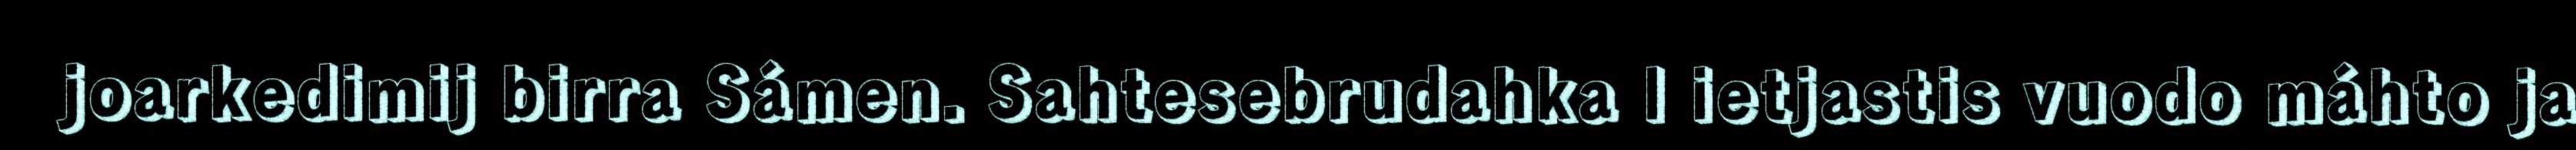
joarkedimij birra Sámen. Sahtesebrudahka l ietjastis vuodo máhto ja